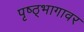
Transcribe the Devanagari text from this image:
पृष्ठ्भागावर